Civil Veterinary Dept. Bombay admin report 1893-99 - 1893-1899
Year: 1893
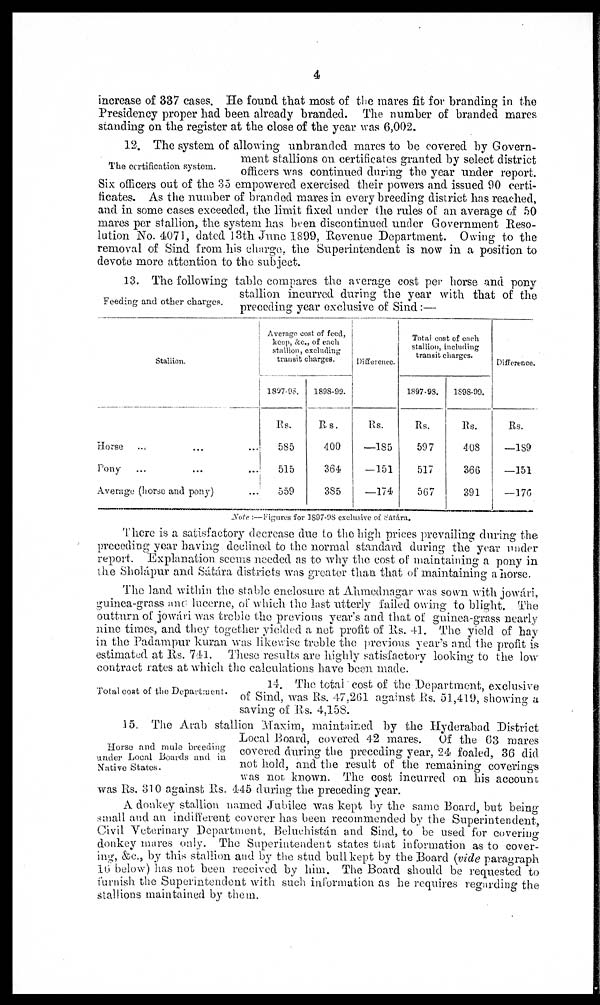
4
increase of 337 cases. He found that most of the mares fit for branding in the
Presidency proper had been already branded. The number of branded mares
standing on the register at the close of the year was 6,002.
The certification system.
12. The system of allowing unbranded mares to be covered by Govern-
ment stallions on certificates granted by select district
officers was continued during the year under report.
Six officers out of the 35 empowered exercised their powers and issued 90 certi-
ficates. As the number of branded mares in every breeding district has reached,
and in some cases exceeded, the limit fixed under the rules of an average of 50
mares per stallion, the system has been discontinued under Government Reso-
lution No. 4071, dated 13th June 1899, Revenue Department. Owing to the
removal of Sind from his charge, the Superintendent is now in a position to
devote more attention to the subject.
Feeding and other charges.
13. The following table compares the average cost per horse and pony
stallion incurred during the year with that of the
preceding year exclusive of Sind:—
Stallion.
Horse ... ... ...
Pony ... ... ...
Average (horse and pony) ...
Average cost of feed,
keep, &c., of each
stallion, excluding
transit charges.
1897-98.
Rs.
585
515
559
1898-99.
Rs.
400
364
385
Difference.
Rs.
—185
—151
—174
Total cost of each
stallion, including
transit charges.
1897-98.
Rs.
597
517
567
1898-99.
Rs.
408
366
391
Difference.
Rs.
—189
—151
—176
Note:—Figures for 1897-98 exclusive of Sátárá.
There is a satisfactory decrease due to the high prices prevailing during the
preceding year having declined to the normal standard during the year under
report. Explanation seems needed as to why the cost of maintaining a pony in
the Sholápur and Sátára districts was greater than that of maintaining a horse.
The land within the stable enclosure at Ahmednagar was sown with jowári,
guinea-grass and lucerne, of which the last utterly failed owing to blight. The
outturn of jowári was treble the previous year's and that of guinea-grass nearly
nine times, and they together yielded a net profit of Rs. 41. The yield of hay
in the Padampur kuran was likewise treble the previous year's and the profit is
estimated at Rs. 741. These results are highly satisfactory looking to the low
contract rates at which the calculations have been made.
Total cost of the Department.
14. The total cost of the Department, exclusive
of Sind, was Rs. 47,261 against Rs. 51,419, showing a
saving of Rs. 4,158.
Horse and mule breeding
under Local Boards and in
Native States.
15. The Arab stallion Maxim, maintained by the Hyderabad District
Local Board, covered 42 mares. Of the 63 mares
covered during the preceding year, 24 foaled, 36 did
not hold, and the result of the remaining coverings
was not known. The cost incurred on his account
was Rs. 310 against Rs. 445 during the preceding year.
A donkey stallion named Jubilee was kept by the same Board, but being
small and an indifferent coverer has been recommended by the Superintendent,
Civil Veterinary Department, Beluchistán and Sind, to be used for covering
donkey mares only. The Superintendent states that information as to cover-
ing, &c., by this stallion and by the stud bull kept by the Board (vide paragraph
16 below) has not been received by him. The Board should be requested to
furnish the Superintendent with such information as he requires regarding the
stallions maintained by them.